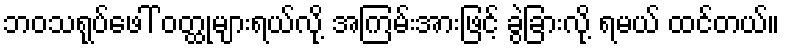
ဘဝသရုပ်ဖေါ် ဝတ္ထုများရယ်လို့ အကြမ်းအားဖြင့် ခွဲခြားလို့ ရမယ် ထင်တယ်။